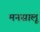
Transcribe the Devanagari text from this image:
मनसालू